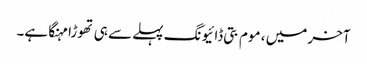
آخر میں ، موم بتی ڈائیونگ پہلے سے ہی تھوڑا مہنگا ہے۔